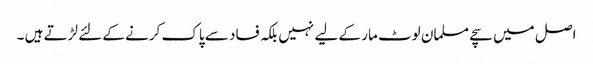
اصل میں سچے مسلمان لوٹ مار کے لیے نہیں بلکہ فساد سے پاک کرنے کے لئے لڑتے ہیں ۔